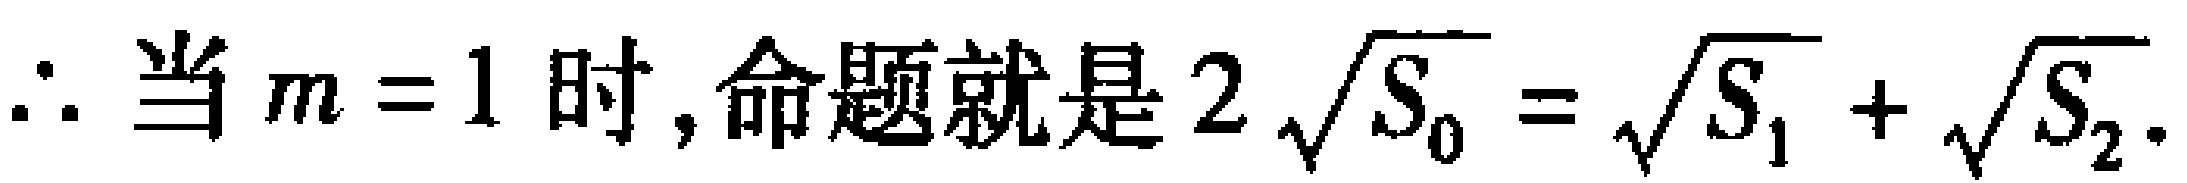
\(\therefore\)当\(m = 1\)时,命题就是\(2\sqrt{S_{0}}=\sqrt{S_{1}}+\sqrt{S_{2}}\).